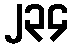
၂၃၄